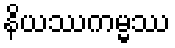
နိယဿကမ္မဿ